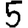
Digit: 5